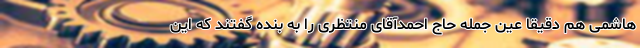
هاشمی هم دقیقاً عین جمله حاج احمدآقای منتظری را به بنده گفتند که این